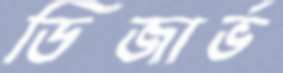
ডিজার্ভ